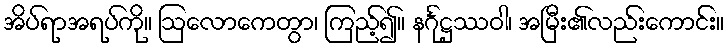
အိပ်ရာအရပ်ကို။ ဩလောကေတွာ၊ ကြည့်၍။ နင်္ဂုဋ္ဌဿဝါ၊ အမြီး၏လည်းကောင်း။